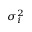
\scriptstyle \sigma _ { i } ^ { 2 }